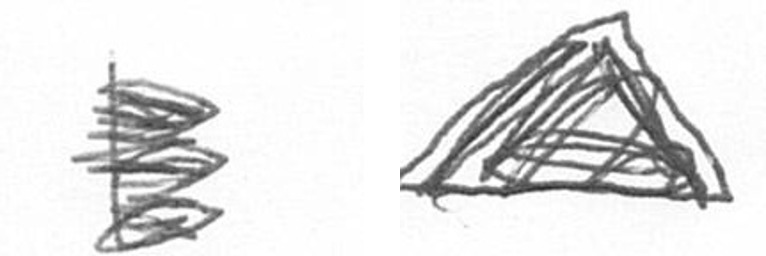
H O